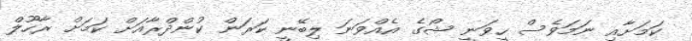
ކަމަށާއި ނަމަވެސް ހީވަނީ ޝޯގެ އެއްވަނަ ލިބޭނީ ކަރަން ކުންދްރާއަށް ކަމަށް ރާހޫލް